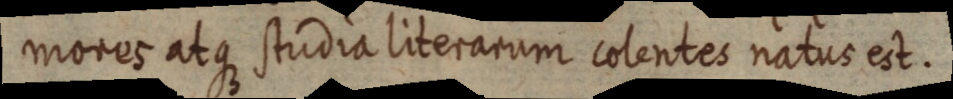
mores atque studia literarum colentes natus est.